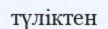
түліктен